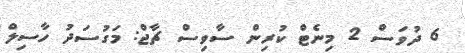
6 ދުވަސް 2 މިނެޓް ކުރިން ސާވިސް ޗާޖް: މަގުސަދު ހާސިލް